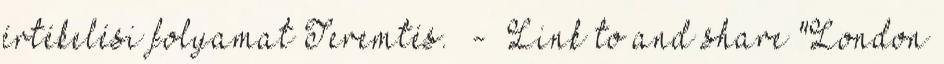
értékelési folyamat Teremtés. - Link to and share "London